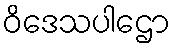
ဝိဒေသပါဌော